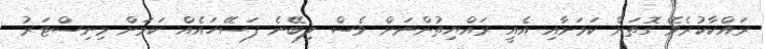
ރައްކާކުރެވޭ ގޮތަށް ކަމަށާއި އެއީ ރައްޔިތުންނަށް ވެސް ލިބޭނެ ފަސޭހައެއް ކަމަށް މިނިސްޓަރު